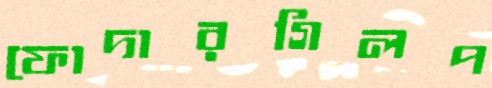
ফোদারগিলপ